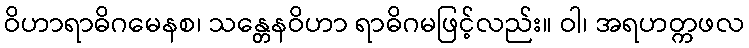
ဝိဟာရာဓိဂမေနစ၊ သန္တေနဝိဟာ ရာဓိဂမဖြင့်လည်း။ ဝါ၊ အရဟတ္ကဖလ